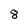
Character: 8